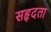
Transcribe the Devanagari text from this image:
सहृदता